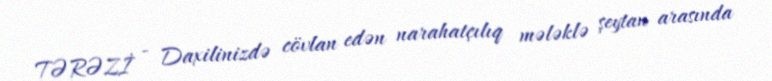
TƏRƏZİ - Daxilinizdə cövlan edən narahatçılıq mələklə şeytan arasında